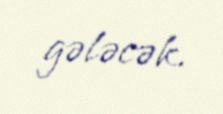
gələcək.